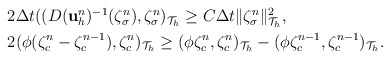
\begin{align*}\begin{aligned}&2\Delta t((D(\mathbf{u}_h^{n})^{-1}(\zeta^{n}_\sigma),\zeta^{n}_\sigma)_{\mathcal{T}_h}\geq C\Delta t\|\zeta^{n}_\sigma\|_{\mathcal{T}_h}^2,\\&2(\phi(\zeta^{n}_c-\zeta^{n-1}_c),\zeta^{n}_c)_{\mathcal{T}_h}\geq(\phi\zeta^{n}_c,\zeta^{n}_c)_{\mathcal{T}_h}-(\phi\zeta^{n-1}_c,\zeta^{n-1}_c)_{\mathcal{T}_h}.\end{aligned}\end{align*}